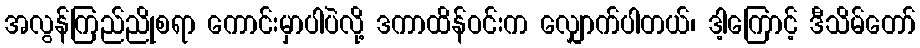
အလွန်ကြည်ညိုစရာ ကောင်းမှာပါပဲလို့ ဒကာထိန်ဝင်းက လျှောက်ပါတယ်၊ ဒါ့ကြောင့် ဒီသိမ်တော်